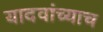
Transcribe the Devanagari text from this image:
यादवांच्याच